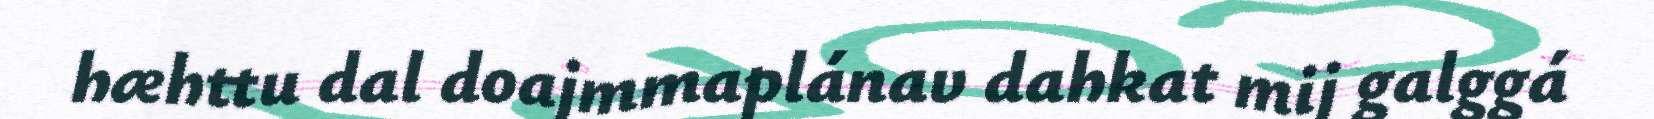
hæhttu dal doajmmaplánav dahkat mij galggá